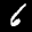
Label: 6